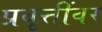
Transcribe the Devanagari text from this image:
प्रवृत्तींवर